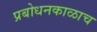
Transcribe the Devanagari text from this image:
प्रबोधनकाळाच